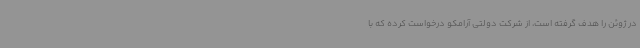
در ژوئن را هدف گرفته است، از شرکت دولتی آرامکو درخواست کرده که با